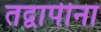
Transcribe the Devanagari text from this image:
तद्वापीनां